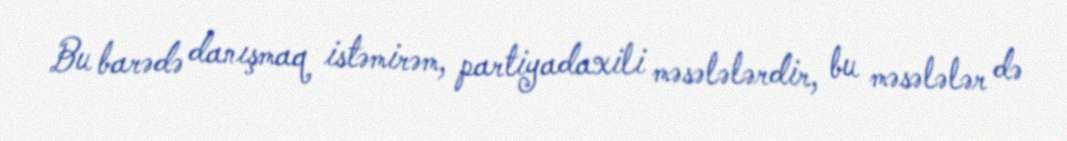
Bu barədə danışmaq istəmirəm, partiyadaxili məsələlərdir, bu məsələlər də